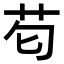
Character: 𮎠